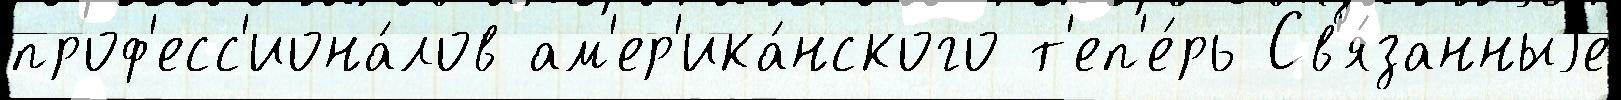
проф'есс'иона́лов ам'ер'ика́нского т'еп'е́рь Св'я́занныjе